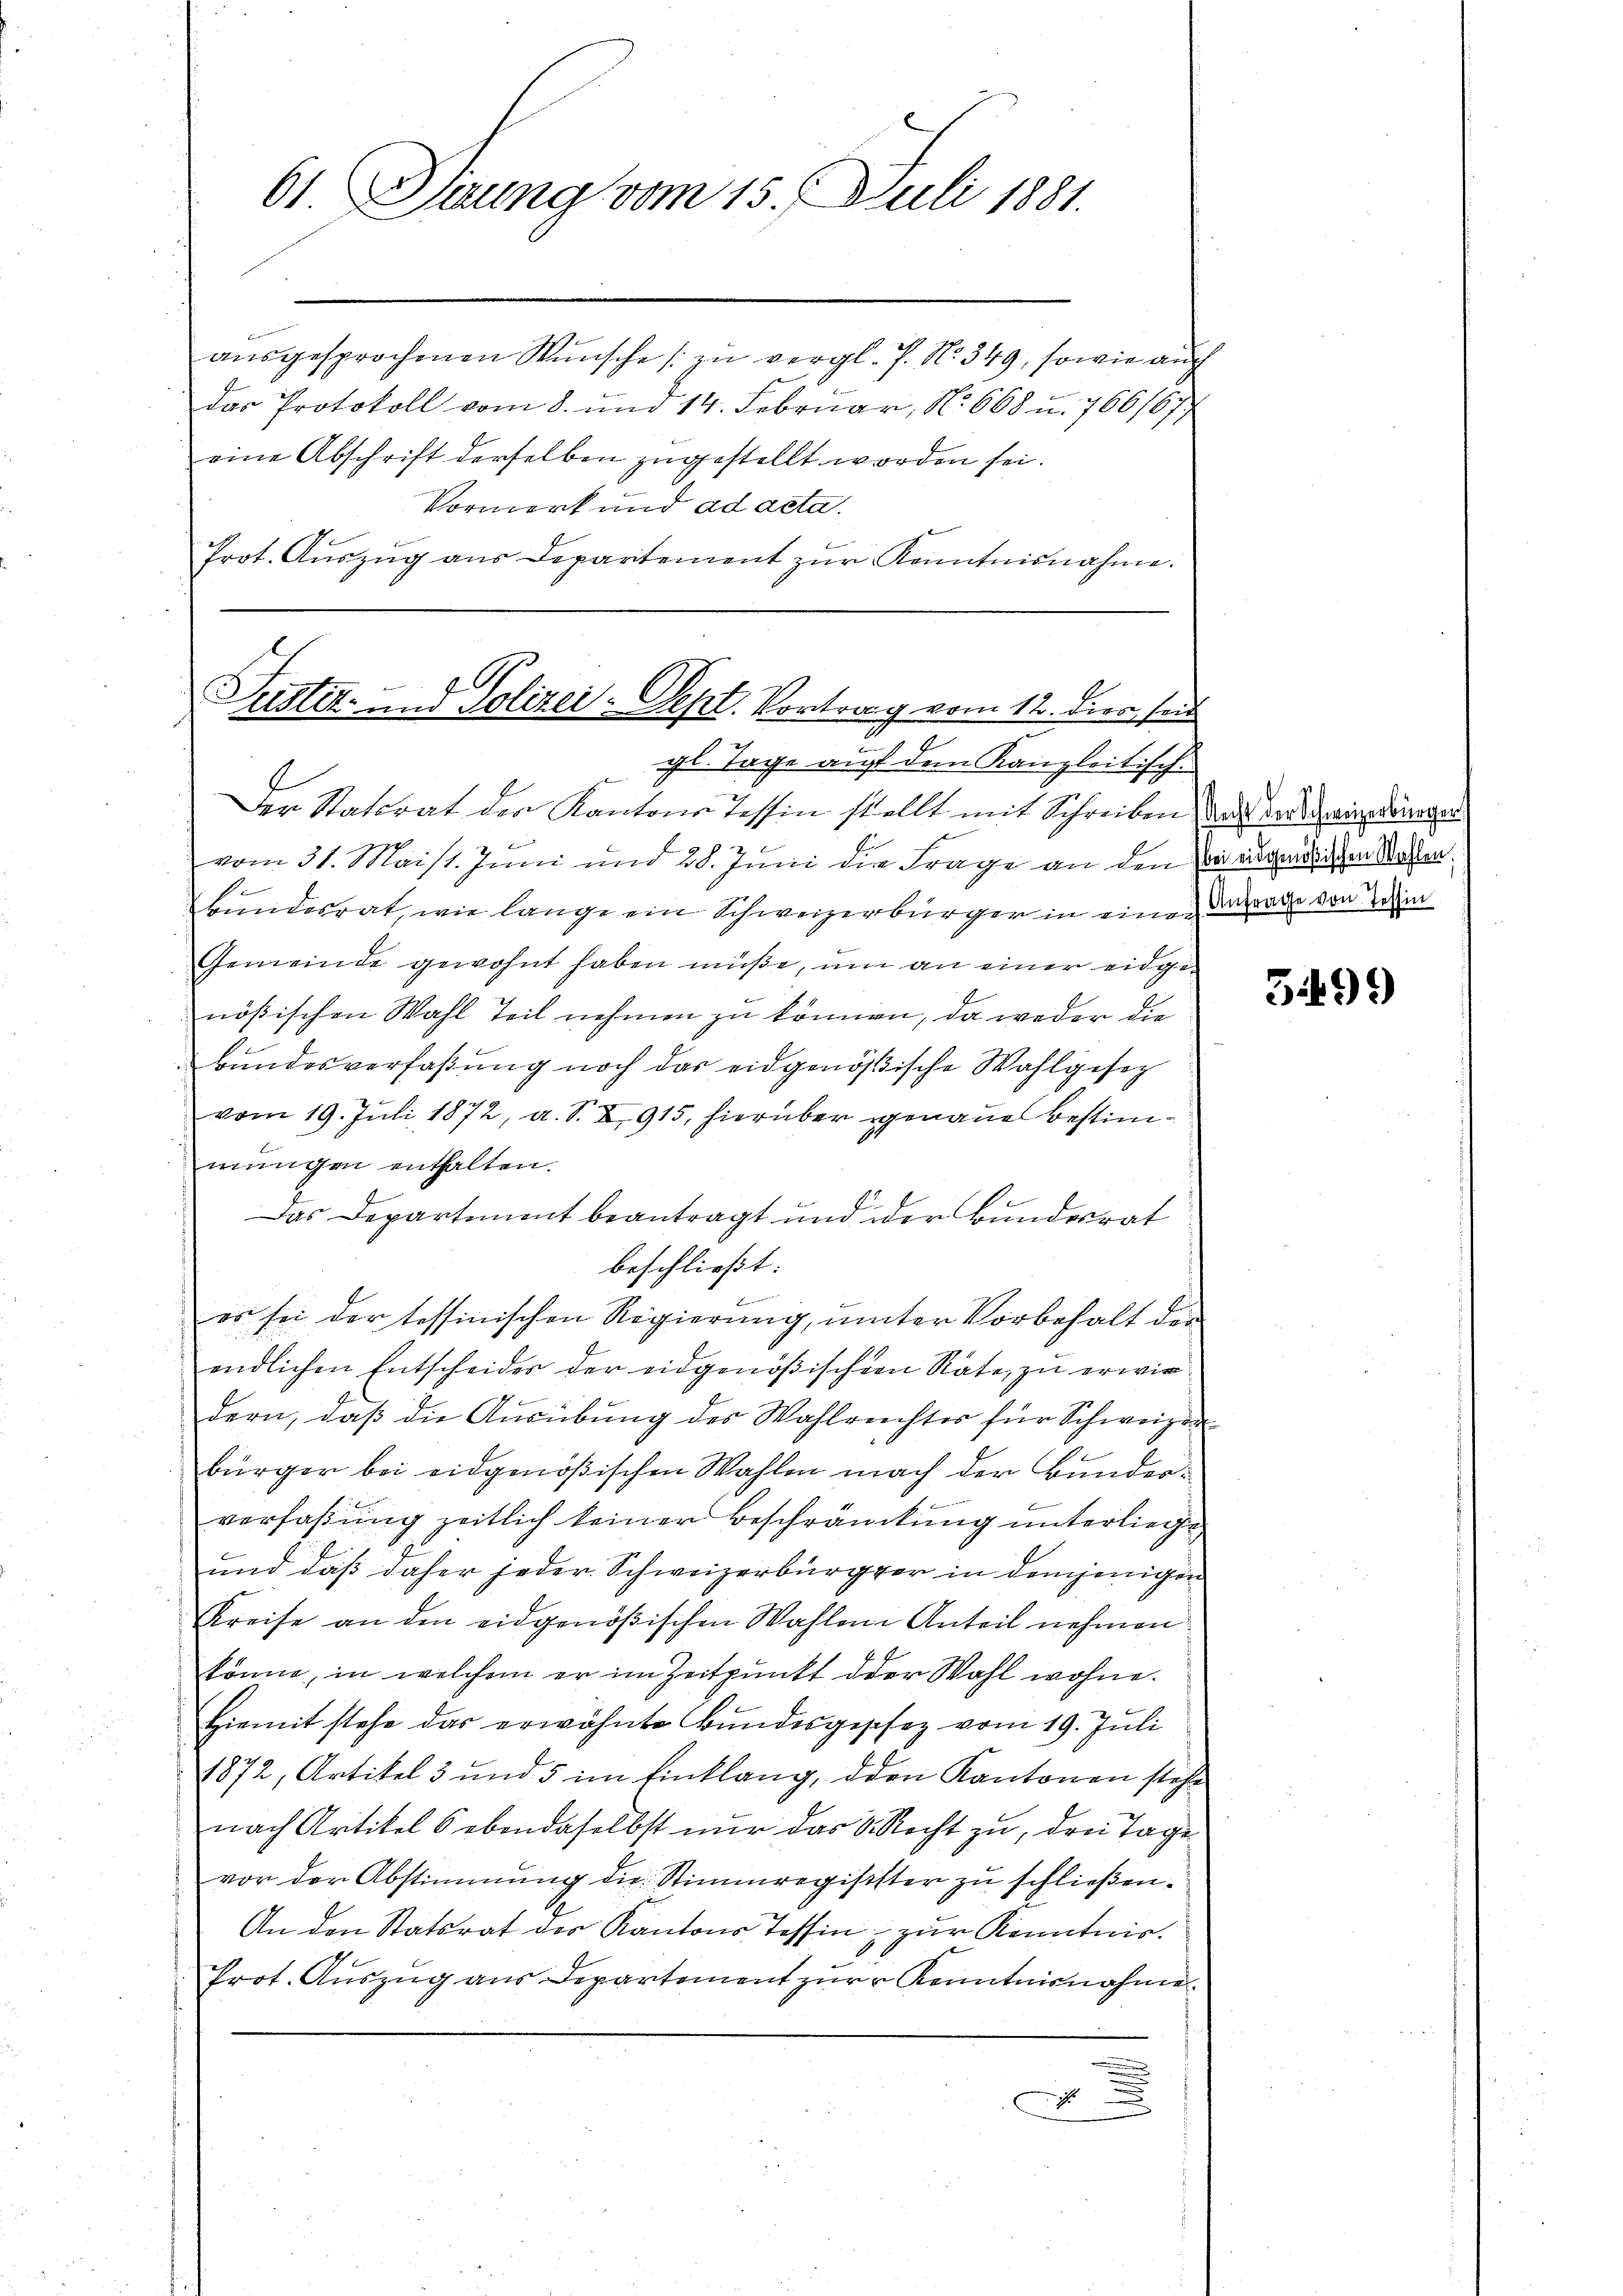
61 Seung vom 15. Juli 1881.

ausgesprochenen Wunsche zu vergl. P. Nr. 349, sowie auch
das Protokoll vom 8. und 14. Februar, No 668 u. 766/677
eine Abschrift derselben zugestellt worden sei.
Vormerk und ad acta.
Prot. Aŭszŭg aŭs Departement zŭr Kenntnisnahme.
 gl. Tage auf den Kanzleitisch-
Der Statirat der Kantone Tessin stellt mit Schreiben der oder in dringen
1
vom 31. Maist. Juni und 28. Juni die Frage an den sei eigentlichen Westerbundesrat, wie lange ein Schweizerbürger in eine Antrage von dem
Gemeinde gewohnt haben müße, um an einer eidgenößischen Wahl Teil nehmen zu können, da weder die
Bundesverfaßung noch das eidgenößische Wahlgesetz
7
vom 19. Juli 1872, a. S. X 915, hierüber genaue Bestimmungen enthalten.
Das Departement beantragt und der Bunderrat
beschließt:
es sei der tessinischen Regierung, unter Vorbehalt der
endlichen Entscheides der eidgenößischen Räte, zu erwiedern, daβ die Aŭsübŭng des Wahlreichter für Schweizer
bürger bei eidgenößischen Wahlen nach der Bunder¬
 Bemer
verfaßung zeitlich keiner Beschränckung unterliege
und daß daher jeder Schweizerbürger in demjenigen
Kreise an den eidgenößischen Wahlen Anteil nehmen
könne, in welchem er im Zeitpunkt der Wahl wohne.
Hiemit stehe das erwähnte Bundesgeschez vom 19. Juli
1872, Artikel 3 und 5 im Einklang, den Kantonen stehe
nach Artikels ebendaselbst nur das V. Recht zu, drei Tage
vor der Abstimmung die Stimmregisister zu schließen.
An den Statsrat der Kantons Tessin zur Kenntnis¬
Prot. Auszug aus Departement zŭr Kenntnisnahme.

Justiz- und Polizei-Sept. Vortrag vom 12. dies sei
7

5499